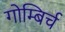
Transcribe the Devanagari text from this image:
गोम्बिर्च